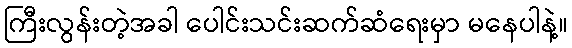
ကြီးလွန်းတဲ့အခါ ပေါင်းသင်းဆက်ဆံရေးမှာ မနေပါနဲ့။